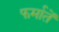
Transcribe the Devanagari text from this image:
फर्मातें